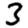
Digit: 3